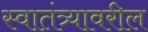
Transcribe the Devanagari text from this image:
स्वातंत्र्यावरील